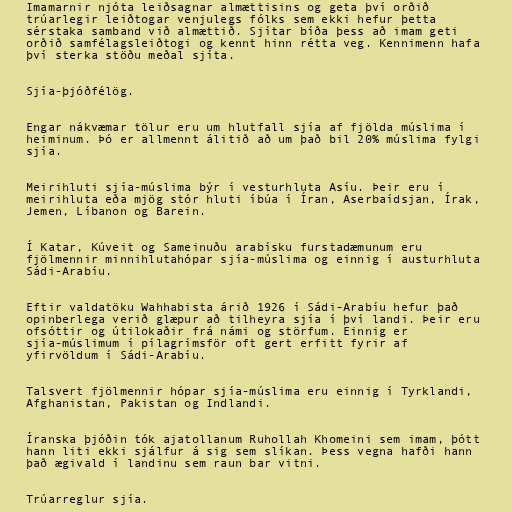
Imamarnir njóta leiðsagnar almættisins og geta því orðið
trúarlegir leiðtogar venjulegs fólks sem ekki hefur þetta
sérstaka samband við almættið. Sjítar bíða þess að imam geti
orðið samfélagsleiðtogi og kennt hinn rétta veg. Kennimenn hafa
því sterka stöðu meðal sjíta.

Sjía-þjóðfélög.

Engar nákvæmar tölur eru um hlutfall sjía af fjölda múslima í
heiminum. Þó er allmennt álitið að um það bil 20% múslima fylgi
sjía.

Meirihluti sjía-múslima býr í vesturhluta Asíu. Þeir eru í
meirihluta eða mjög stór hluti íbúa í Íran, Aserbaídsjan, Írak,
Jemen, Líbanon og Barein.

Í Katar, Kúveit og Sameinuðu arabísku furstadæmunum eru
fjölmennir minnihlutahópar sjía-múslima og einnig í austurhluta
Sádi-Arabíu.

Eftir valdatöku Wahhabista árið 1926 í Sádi-Arabíu hefur það
opinberlega verið glæpur að tilheyra sjía í því landi. Þeir eru
ofsóttir og útilokaðir frá námi og störfum. Einnig er
sjía-múslimum í pílagrímsför oft gert erfitt fyrir af
yfirvöldum í Sádi-Arabíu.

Talsvert fjölmennir hópar sjía-múslima eru einnig í Tyrklandi,
Afghanistan, Pakistan og Indlandi.

Íranska þjóðin tók ajatollanum Ruhollah Khomeini sem imam, þótt
hann liti ekki sjálfur á sig sem slíkan. Þess vegna hafði hann
það ægivald í landinu sem raun bar vitni.

Trúarreglur sjía.